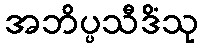
အဘိပ္ပသီဒိံသု